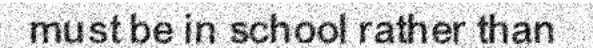
must be in school rather than